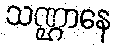
သဏ္ဌာနေ